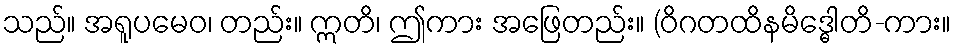
သည်။ အရူပမေဝ၊ တည်း။ ဣတိ၊ ဤကား အဖြေတည်း။ (ဝိဂတထိနမိဒ္ဓေါတိ-ကား။